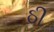
ઠી